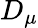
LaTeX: D_{\mu}